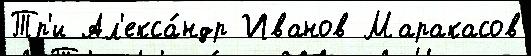
Тр'и Ал'екса́ндр Иванов Маракасов